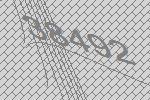
38492